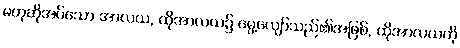
မဟုဆိုအပ်သော အာလယ, ထိုအာလယ၌ မွေ့လျော်သည်၏အဖြစ်, ထိုအာလယကို